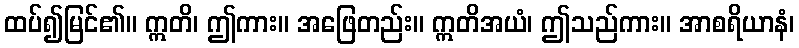
ထပ်၍မြင်၏။ ဣတိ၊ ဤကား။ အဖြေတည်း။ ဣတိအယံ၊ ဤသည်ကား။ အာစရိယာနံ၊